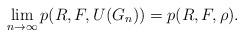
LaTeX: \begin{align*}\lim_{n\rightarrow \infty}p(R,F,U(G_n))=p(R,F,\rho).\end{align*}